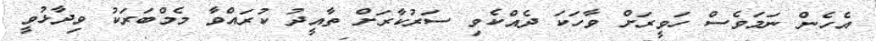
އެހެން ނަމަވެސް ހަވީރަށް ވާހަކަ ދެއްކެވި ސަރުކާރަށް ތާއީދު ކުރައްވާ މެމްބަރަކު ވިދާޅުވީ